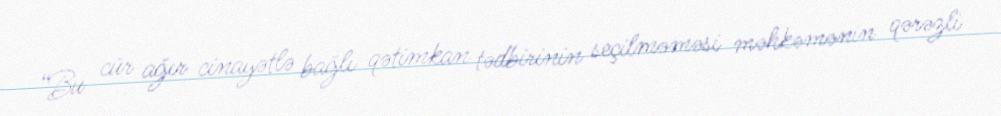
“Bu cür ağır cinayətlə bağlı qətimkan tədbirinin seçilməməsi məhkəmənin qərəzli